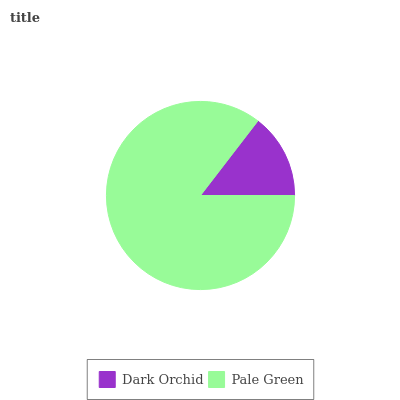
| Dark Orchid | Pale Green |
 | --- | --- |
 | 14.6% | 85.4% |